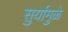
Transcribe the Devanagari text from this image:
सुर्यामुळे